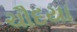
ચૌદયા